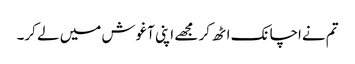
تم نےاچانک اٹھ کر مجھے اپنی آغوش میں لے کر۔